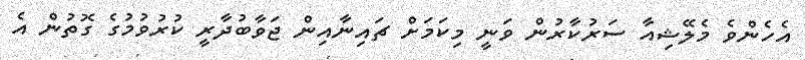
އެހެންވެ މެލޭޝިއާ ސަރުކާރުން ވަނީ މިކަމަށް ޗައިނާއިން ޖަވާބުދާރީ ކުރުވުމުގެ ގޮތުން އެ